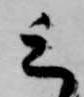
上